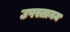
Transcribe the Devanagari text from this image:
उपस्तानम